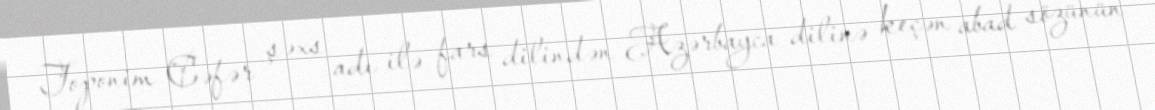
Toponim Cəfər şəxs adı ilə fars dilindən Azərbayca dilinə keçən abad sözünün